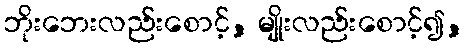
ဘိုးဘေးလည်းစောင့်, မျိုးလည်းစောင့်၍,